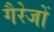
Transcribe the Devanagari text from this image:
गैरेजों